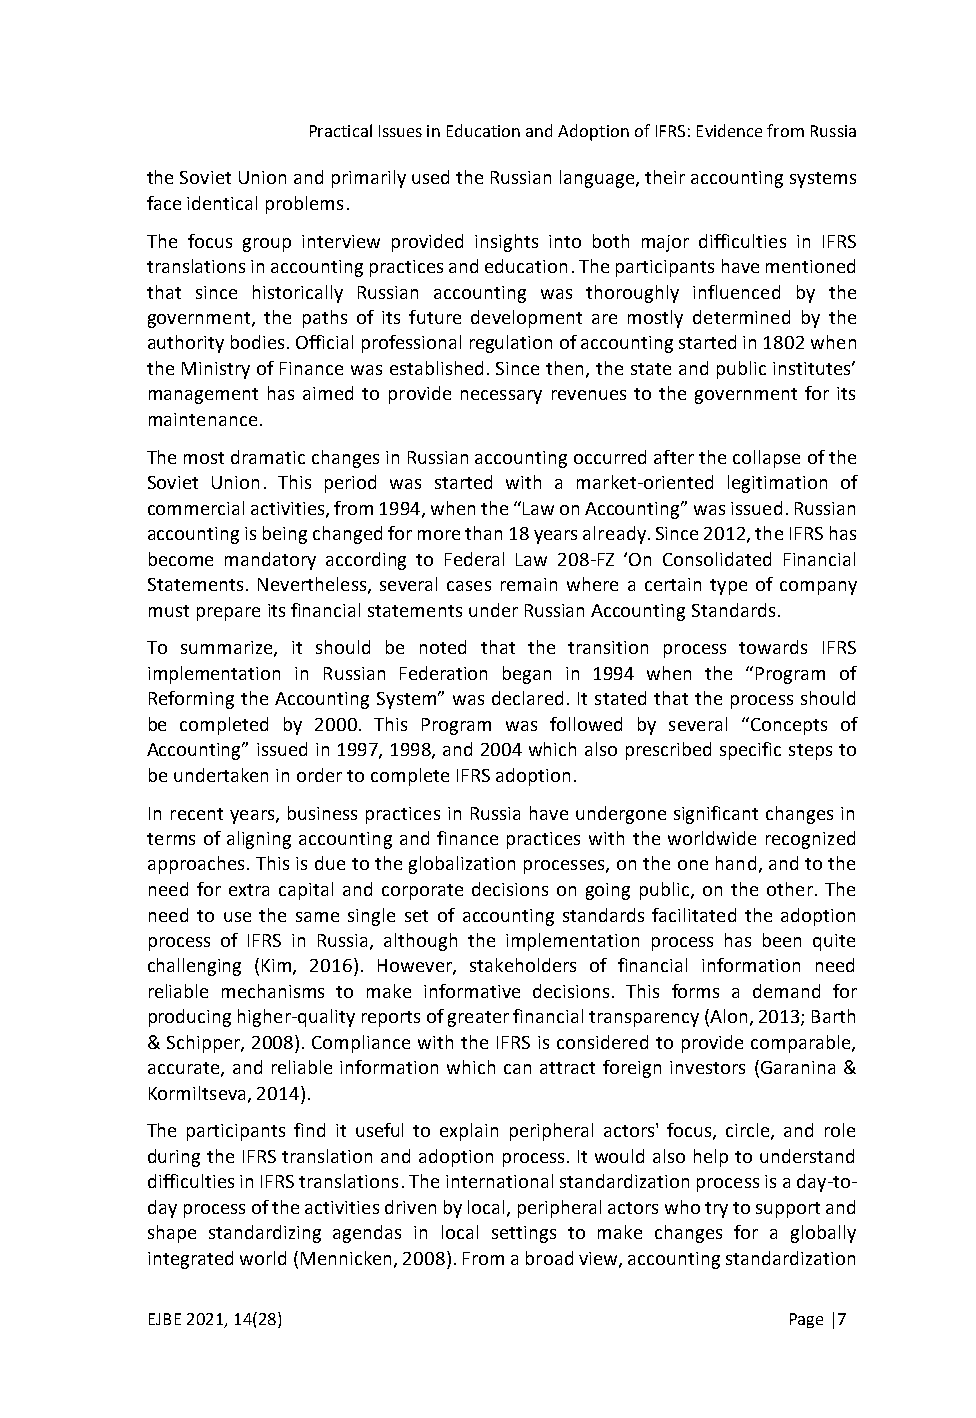
Practical Issues in Education and Adoption of IFRS: Evidence from Russia
 the Soviet Union and primarily used the Russian language, their accounting systems
 face identical problems.
 The focus group interview provided insights into both major difficulties in IFRS
 translations in accounting practices and education. The participants have mentioned
 that since historically Russian accounting was thoroughly influenced by the
 government, the paths of its future development are mostly determined by the
 authority bodies. Official professional regulation of accounting started in 1802 when
 the Ministry of Finance was established. Since then, the state and public institutes’
 management has aimed to provide necessary revenues to the government for its
 maintenance.
 The most dramatic changes in Russian accounting occurred after the collapse of the
 Soviet Union. This period was started with a market-oriented legitimation of
 commercial activities, from 1994, when the “Law on Accounting” was issued. Russian
 accounting is being changed for more than 18 years already. Since 2012, the IFRS has
 become mandatory according to Federal Law 208-FZ ‘On Consolidated Financial
 Statements. Nevertheless, several cases remain where a certain type of company
 must prepare its financial statements under Russian Accounting Standards.
 To summarize, it should be noted that the transition process towards IFRS
 implementation in Russian Federation began in 1994 when the “Program of
 Reforming the Accounting System” was declared. It stated that the process should
 be completed by 2000. This Program was followed by several “Concepts of
 Accounting” issued in 1997, 1998, and 2004 which also prescribed specific steps to
 be undertaken in order to complete IFRS adoption.
 In recent years, business practices in Russia have undergone significant changes in
 terms of aligning accounting and finance practices with the worldwide recognized
 approaches. This is due to the globalization processes, on the one hand, and to the
 need for extra capital and corporate decisions on going public, on the other. The
 need to use the same single set of accounting standards facilitated the adoption
 process of IFRS in Russia, although the implementation process has been quite
 challenging (Kim, 2016). However, stakeholders of financial information need
 reliable mechanisms to make informative decisions. This forms a demand for
 producing higher-quality reports of greater financial transparency (Alon, 2013; Barth
 & Schipper, 2008). Compliance with the IFRS is considered to provide comparable,
 accurate, and reliable information which can attract foreign investors (Garanina &
 Kormiltseva, 2014).
 The participants find it useful to explain peripheral actors' focus, circle, and role
 during the IFRS translation and adoption process. It would also help to understand
 difficulties in IFRS translations. The international standardization process is a day-to-
 day process of the activities driven by local, peripheral actors who try to support and
 shape standardizing agendas in local settings to make changes for a globally
 integrated world (Mennicken, 2008). From a broad view, accounting standardization
 EJBE 2021, 14(28)                         Page |7